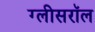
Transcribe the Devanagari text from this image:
ग्लीसरॉल